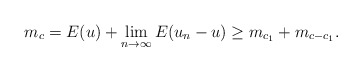
\begin{align*}m_c=E(u)+\lim_{n\to\infty}E(u_n-u)\geq m_{c_1}+m_{c-c_1}.\end{align*}